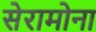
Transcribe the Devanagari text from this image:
सेरामोना